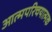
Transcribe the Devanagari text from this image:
आत्मपरिचयात्मक